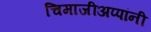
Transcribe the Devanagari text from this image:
चिमाजीअप्पांनी